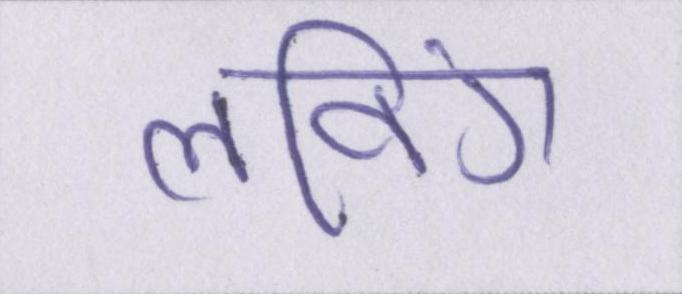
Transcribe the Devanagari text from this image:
लविंग